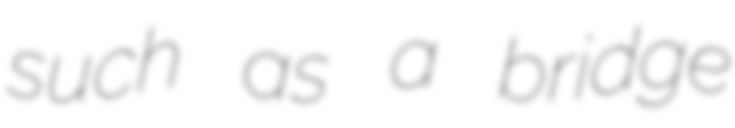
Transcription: such as a bridge